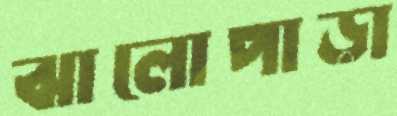
ঝালোপাড়া